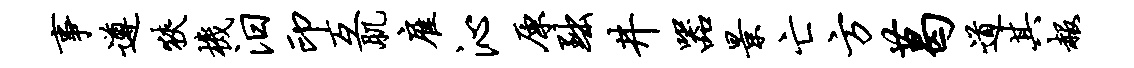
事遵狭机汨印互肌雇沁原黜井器景亡方葛道其赧